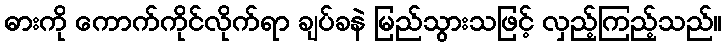
ဓားကို ကောက်ကိုင်လိုက်ရာ ချပ်ခနဲ မြည်သွားသဖြင့် လှည့်ကြည့်သည်။